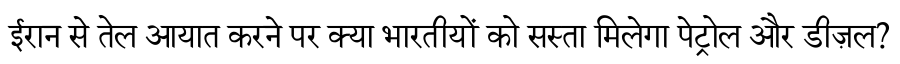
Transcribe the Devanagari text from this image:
ईरान से तेल आयात करने पर क्या भारतीयों को सस्ता मिलेगा पेट्रोल और डीज़ल?